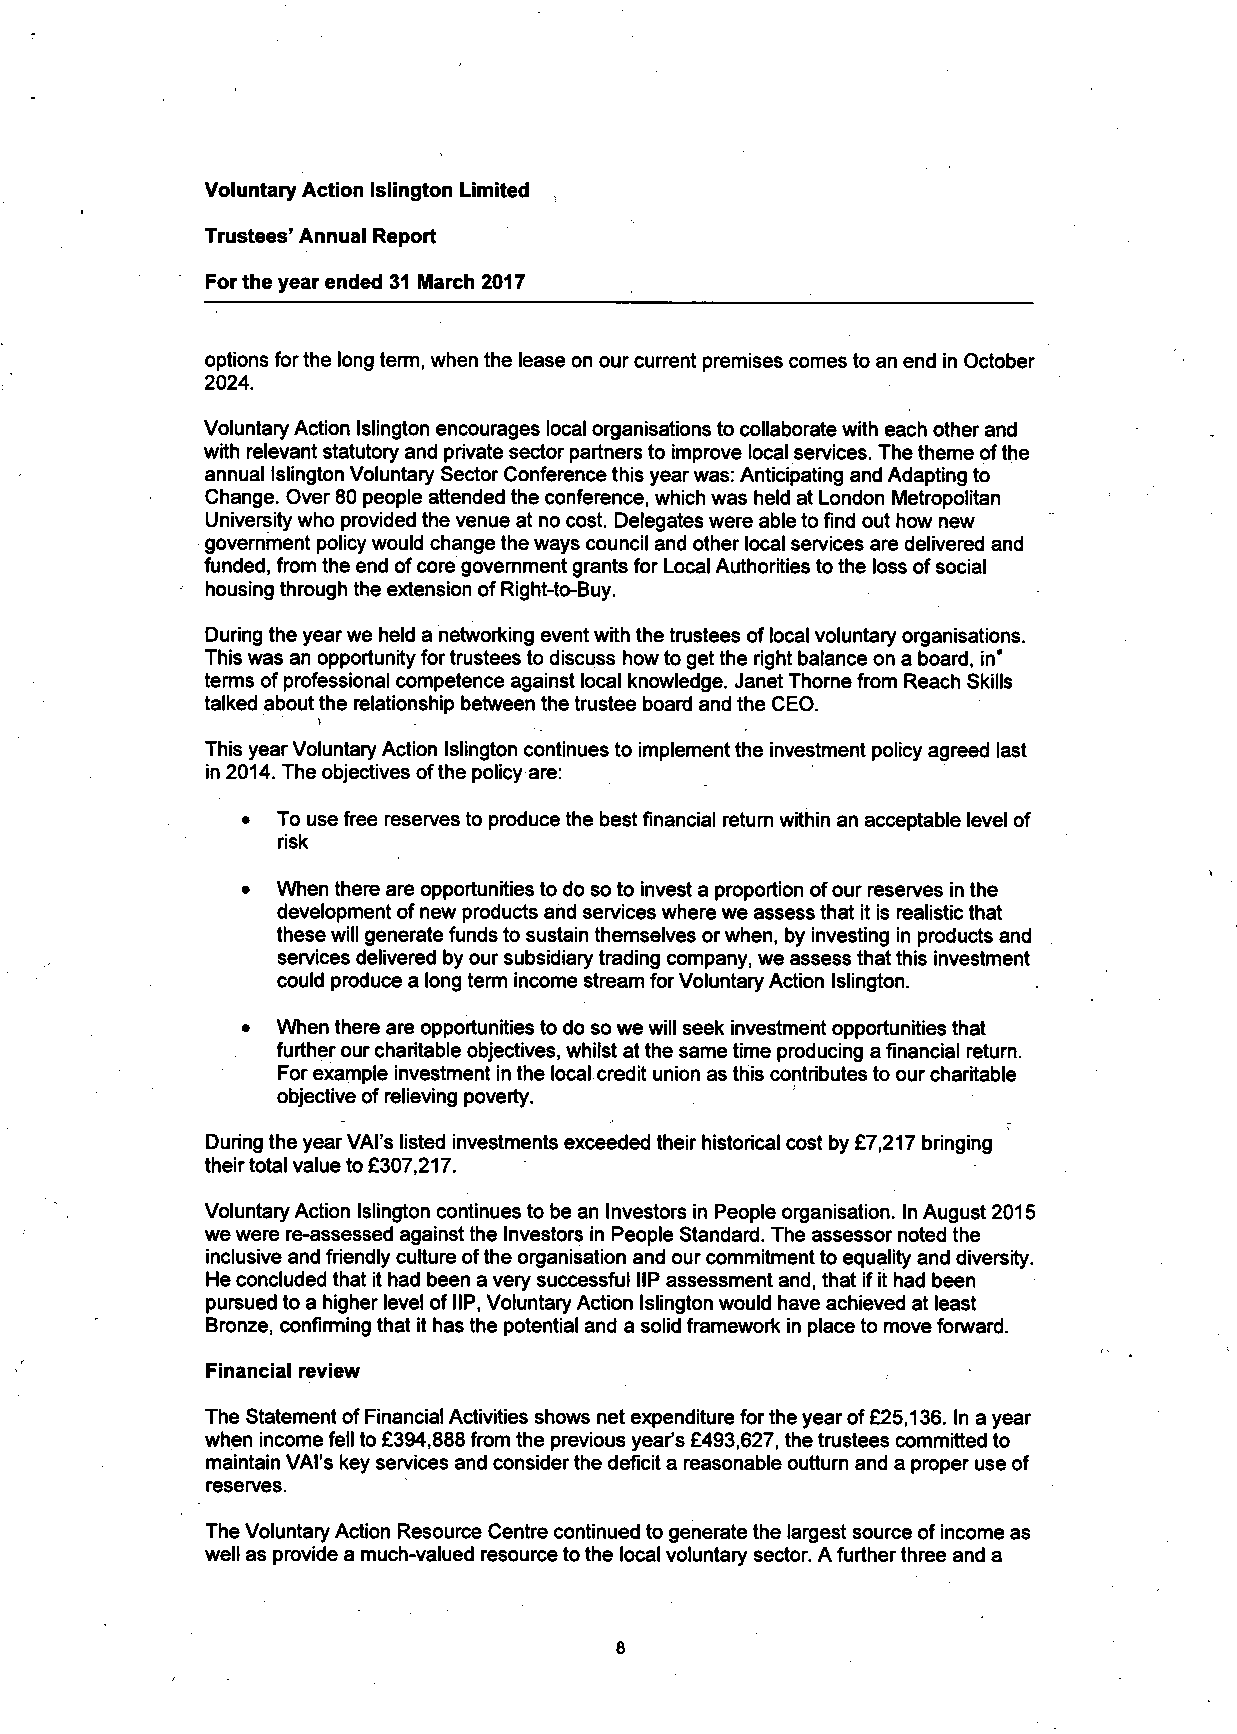
Voluntary Action Islington Limiteci
 Trustees' Annual Report
 For the year ended 31 March 2017
 options forthe long term, when the lease on our current premises comes to an end in October
 2024.
 Voluntary Action Islington encourages local organisations to collaborate with each other and
 with relevant statutory and private sector partners to improve local services. The theme ofthe
 annual Islington Voluntary Sector Conference this year was: Anticipating and Adapting to
 Change. Over 80 people attended the conference, which was held at London Metropolitan
 University who provided the venue at no cost. Delegates were able to find out how new
 government policy would change the ways council and other local services are delivered and
 funded, from the end of core government grants for Local Authorities to the loss of social
 housing through the extension of Right-to-Buy.
 During the year we held a networking event with the trustees of local voluntary organisations.
 This was an opportunity for trustees to discuss how to get the right balance on a board, in*
 terms of professional competence against local knowledge. Janet Thome from Reach Skills
 talked about the relationship between the trustee board and the CEO.
 This year Voluntary Action Islington continues to implement the investment policy agreed last
 in 2014. The objectives of the policy are:
 • To use free reserves to produce the best financial return within an acceptable level of
 risk
 • When there are opportunities to do so to invest a proportion of our reserves in the
 development of new products and services where we assess that it is realistic that
 these will generate funds to sustain themselves or when, by investing in products and
 services delivered by our subsidiary trading company, we assess that this investment
 could produce a long term income stream for Voluntary Action Islington.
 • When there are opportunities to do so we will seek investment opportunities that
 further our charitable objectives, whilst at the same time producing a financial return.
 For example investment in the local credit union as this contributes to our charitable
 objective of relieving poverty.
 During the year VAI's listed investments exceeded their historical cost by £7,217 bringing
 their total value to £307,217.
 Voluntary Action Islington continues to be an Investors in People organisation. In August 2015
 we were re-assessed against the Investors in People Standard. The assessor noted the
 inclusive and friendly culture of the organisation and our commitment to equality and diversity.
 He concluded that it had been a very successful IIP assessment and, that if it had been
 pursued to a higher level of IIP, Voluntary Action Islington would have achieved at least
 Bronze, confirming that it has the potential and a solid framework in place to move forward.
 Financial review
 The Statement of Financial Activities shows net expenditure for the year of £25,136. In a year
 when income fell to £394,888 from the previous year's £493,627, the trustees committed to
 maintain VAI's key services and consider the deficit a reasonable outturn and a proper use of
 reserves.
 The Voluntary Action Resource Centre continued to generate the largest source of income as
 well as provide a much-valued resource to the local voluntary sector. A further three and a
 8